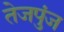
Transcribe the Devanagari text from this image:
तेजपुंज